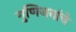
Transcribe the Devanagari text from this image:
गुणिजनांचे